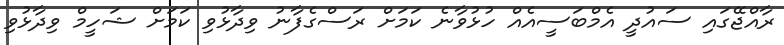
ރާއްޖޭގައި ސައުދީ އެމްބަސީއެއް ހުޅުވާނެ ކަމަށް ރަސްގެފާނު ވިދާޅުވި ކަަމަށް ޝަހީމް ވިދާޅުވި